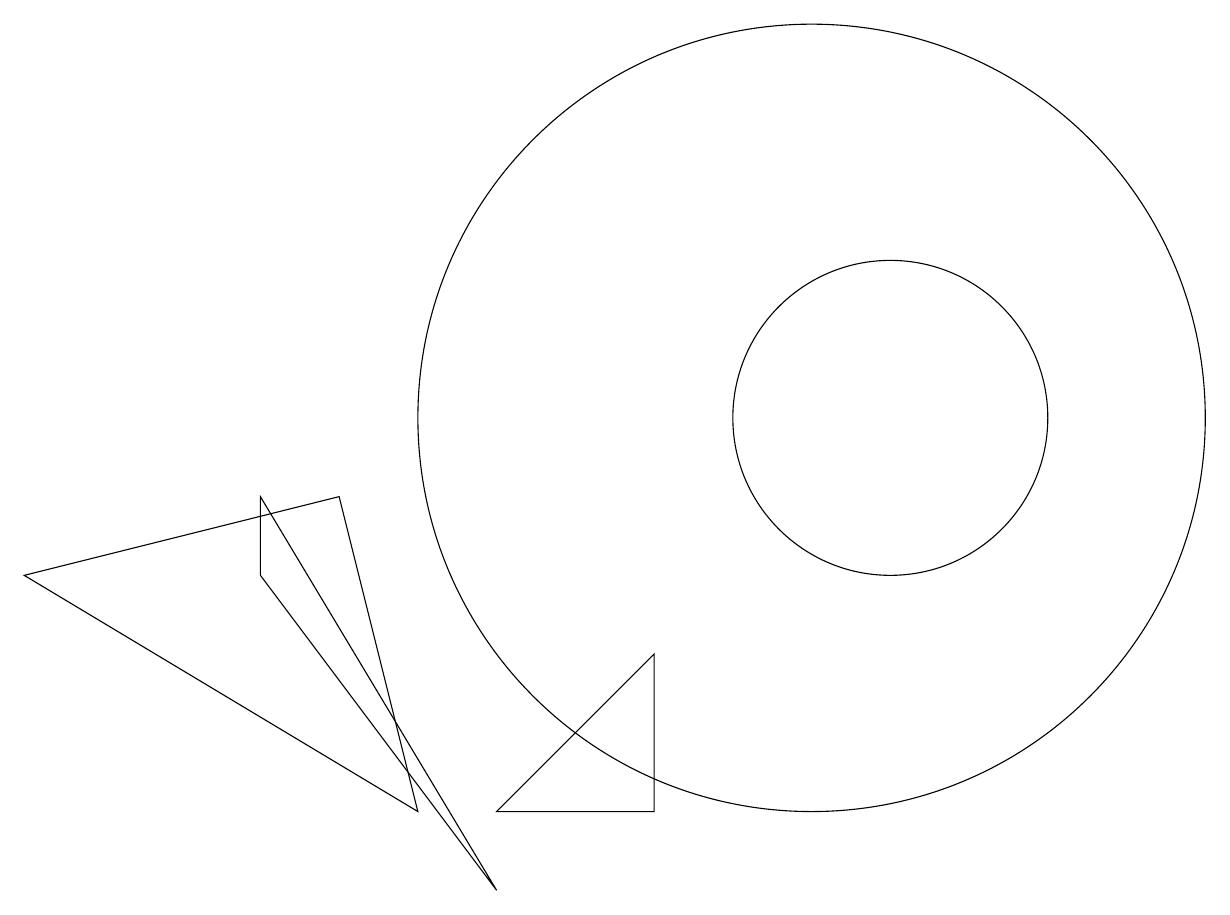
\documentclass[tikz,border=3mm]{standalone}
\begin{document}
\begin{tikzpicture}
\draw (3,8) -- (3,9) -- (6,4) -- cycle;
\draw (8,5) -- (6,5) -- (8,7) -- cycle;
\draw (11,10) circle (2);
\draw (10,10) circle (5);
\draw (4,9) -- (5,5) -- (0,8) -- cycle;
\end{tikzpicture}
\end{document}